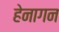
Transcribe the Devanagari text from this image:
हेनागन